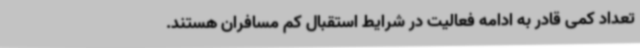
تعداد کمی قادر به ادامه فعالیت در شرایط استقبال کم مسافران هستند.